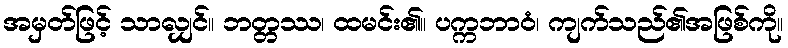
အမှတ်ဖြင့် သာလျှင်။ ဘတ္တဿ၊ ထမင်း၏။ ပက္ကဘာဝံ၊ ကျက်သည်၏အဖြစ်ကို။